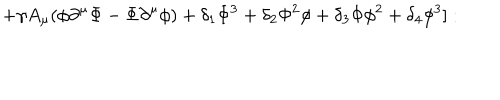
LaTeX: + \gamma A _ { \mu } ( \phi \partial ^ { \mu } \Phi - \Phi \partial ^ { \mu } \phi ) + \delta _ { 1 } \Phi ^ { 3 } + \delta _ { 2 } \Phi ^ { 2 } \phi + \delta _ { 3 } \Phi \phi ^ { 2 } + \delta _ { 4 } \phi ^ { 3 } ] :